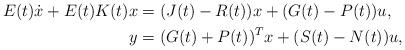
LaTeX: \begin{align*}E(t)\dot{x} + E(t)K(t)x &=(J(t)-R(t))x + (G(t)-P(t))u,\\y &= (G(t)+P(t))^T x + (S(t)-N(t))u,\end{align*}